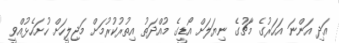
އަދި އަންނަ އަހަރުގެ މާޗުގެ ނިޔަލަށް އޯޑީގެ މުއްދަތު އިތުރުކުރުމަށް މަޖިލީހަށް ހުށަހެޅުއްވީ